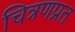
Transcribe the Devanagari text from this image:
चित्रणप्रत